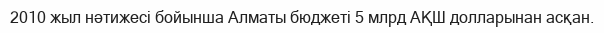
2010 жыл нәтижесі бойынша Алматы бюджеті 5 млрд АҚШ долларынан асқан.